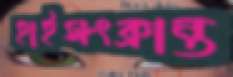
হাইসংক্রান্ত